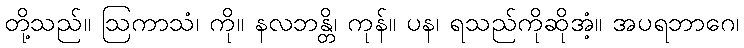
တို့သည်။ ဩကာသံ၊ ကို။ နလဘန္တိ၊ ကုန်။ ပန၊ ရသည်ကိုဆိုအံ့။ အပရဘာဂေ၊